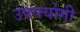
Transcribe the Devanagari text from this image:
उपपयोगी